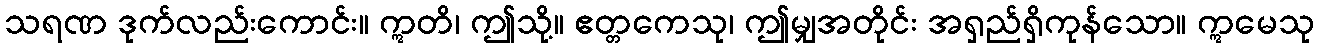
သရဏ ဒုက်လည်းကောင်း။ ဣတိ၊ ဤသို့။ ဧတ္တကေသု၊ ဤမျှအတိုင်း အရှည်ရှိကုန်သော။ ဣမေသု